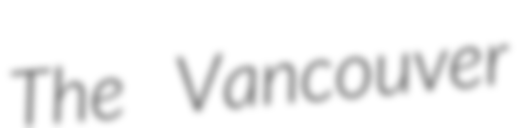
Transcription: The Vancouver